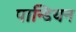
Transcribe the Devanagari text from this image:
पान्डियन